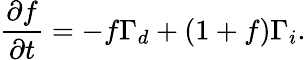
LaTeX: \frac{\partial f}{\partial t}=-f\Gamma_{d}+(1+f)\Gamma_{i}.